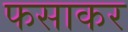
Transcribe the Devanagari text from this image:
फसाकर